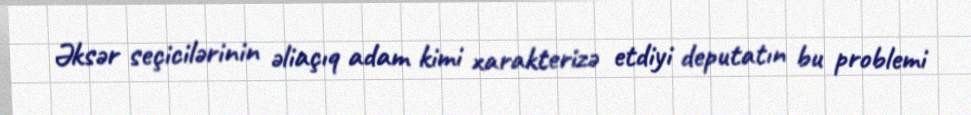
Əksər seçicilərinin əliaçıq adam kimi xarakterizə etdiyi deputatın bu problemi